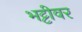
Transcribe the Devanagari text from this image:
भट्टीवर